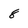
Character: 8